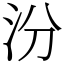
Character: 汾